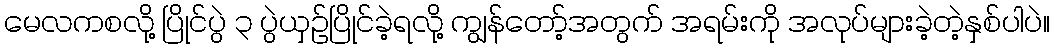
မေလကစလို့ ပြိုင်ပွဲ ၃ ပွဲယှဉ်ပြိုင်ခဲ့ရလို့ ကျွန်တော့်အတွက် အရမ်းကို အလုပ်များခဲ့တဲ့နှစ်ပါပဲ။